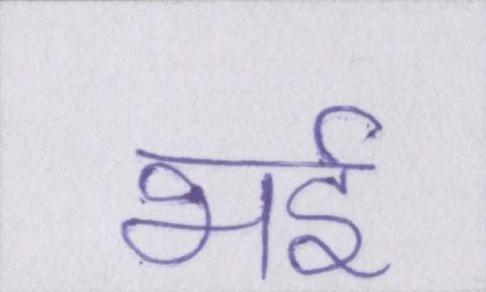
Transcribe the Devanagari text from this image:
भई